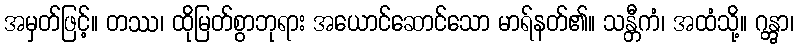
အမှတ်ဖြင့်။ တဿ၊ ထိုမြတ်စွာဘုရား အယောင်ဆောင်သော မာရ်နတ်၏။ သန္တီကံ၊ အထံသို့။ ဂန္တွာ၊